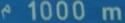
1000m